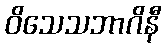
ဝိသေသဘာဂိနီ